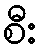
စီး